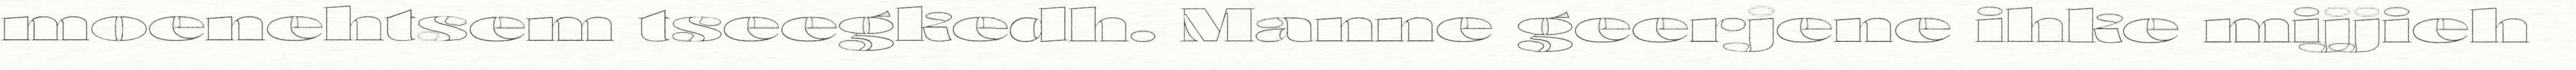
moenehtsem tseegkedh. Manne geerjene ihke mijjieh